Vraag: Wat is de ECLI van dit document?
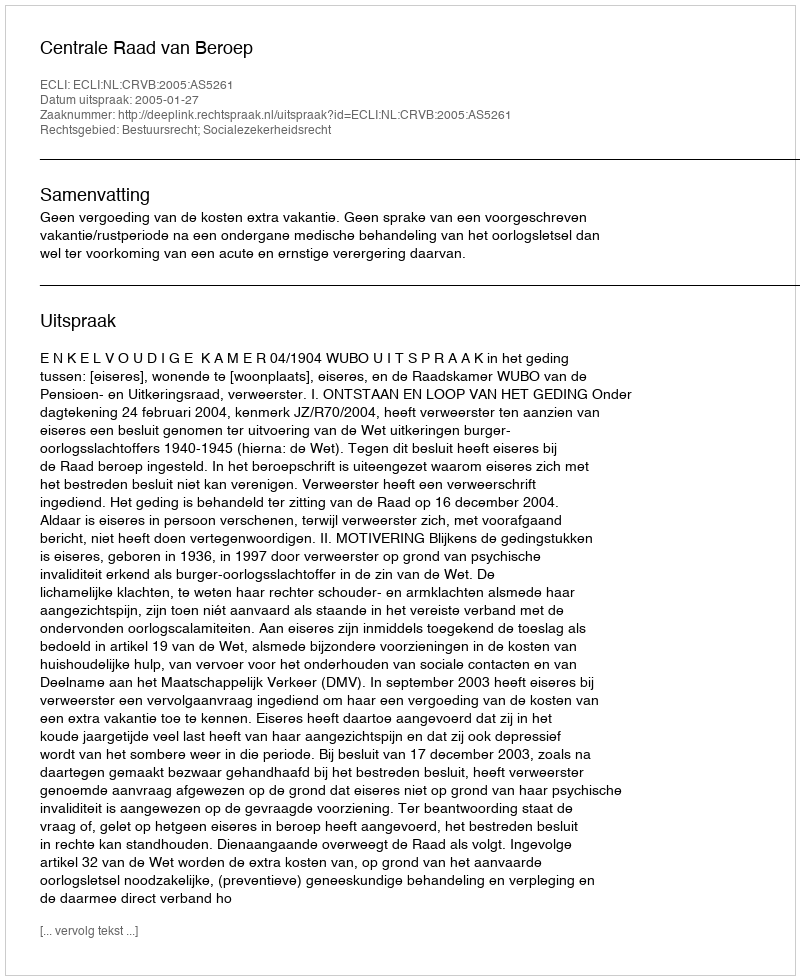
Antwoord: ECLI:NL:CRVB:2005:AS5261